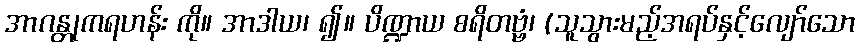
အာဂန္တုကရဟန်း ကို။ အာဒါယ၊ ၍။ ပိဏ္ဍာယ စရိတဗ္ဗံ၊ (သူသွားမည့်အရပ်နှင့်လျော်သော